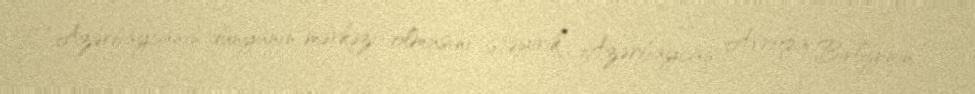
“Azərbaycanın dünyanın mərkəzi olmasını istəyirik” Azərbaycan Avropa Birliyinin